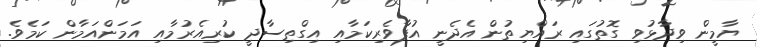
ޔާމީން ވިދާޅުވި ގޮތުގައި ރައްޔިތުން އެދެނީ އުފާވެރިކަމާއި އިގްތިސާދީ ކުރިއެރުމާއި އަމަންއަމާން ކަމެވެ.